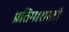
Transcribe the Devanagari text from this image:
प्रतिमाशाली